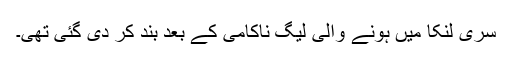
سری لنکا میں ہونے والی لیگ ناکامی کے بعد بند کر دی گئی تھی۔